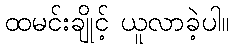
ထမင်းချိုင့် ယူလာခဲ့ပါ။